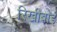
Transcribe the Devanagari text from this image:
रिखीबाई